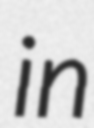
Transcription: in